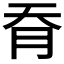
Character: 𦙖